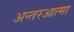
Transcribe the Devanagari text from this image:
अन्तरआत्मा